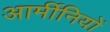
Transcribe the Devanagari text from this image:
आर्मीनियों